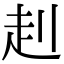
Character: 𧺈